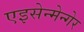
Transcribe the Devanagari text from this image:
एइसेन्मेन्गेर